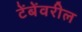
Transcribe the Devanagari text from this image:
टेंबेंवरील